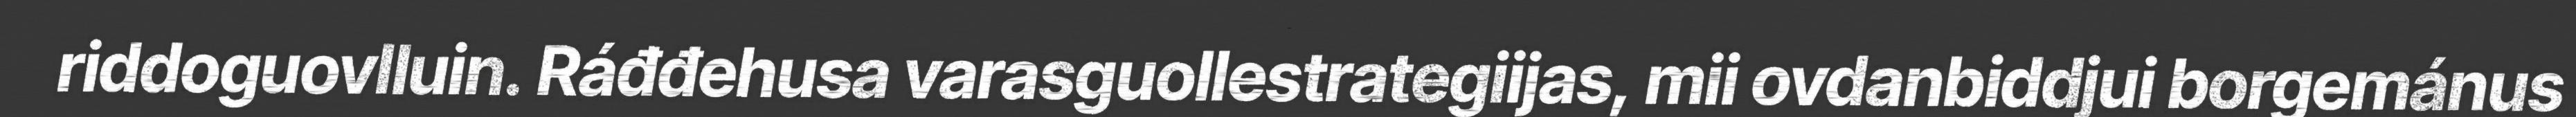
riddoguovlluin. Ráđđehusa varasguollestrategiijas, mii ovdanbiddjui borgemánus